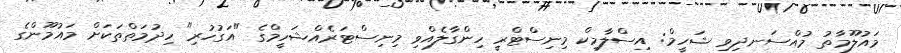
މައުލޫމާތު މުއްސަނދިވި ޝަހީމް: އިސްލާމިކް މިނިސްޓްރީ ހިންގާލެއްވި މިނިސްޓަރެއްޝަހީމްގެ "އަގުހުރި" ހިދުމަތްތަކަށް މައުމޫންގެ